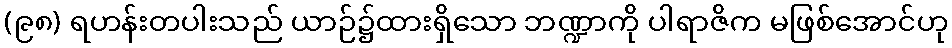
(၉၈) ရဟန်းတပါးသည် ယာဉ်၌ထားရှိသော ဘဏ္ဍာကို ပါရာဇိက မဖြစ်အောင်ဟု